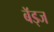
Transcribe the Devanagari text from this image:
बॅड्ज